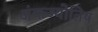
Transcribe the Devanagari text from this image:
अंकज्योतिष